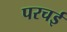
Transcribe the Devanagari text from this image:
परचई